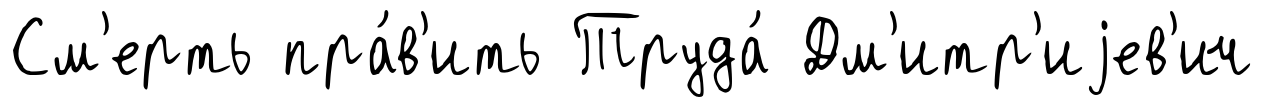
См'ерть пра́в'ить Труда́ Дм'итр'иjев'ич